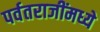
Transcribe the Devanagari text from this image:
पर्वतराजींमध्ये